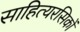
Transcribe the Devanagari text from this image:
साहित्यरसिकों